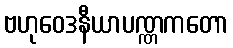
ဗဟုဝေဒနီယာပဏ္ဏကတော